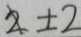
2 \pm 2